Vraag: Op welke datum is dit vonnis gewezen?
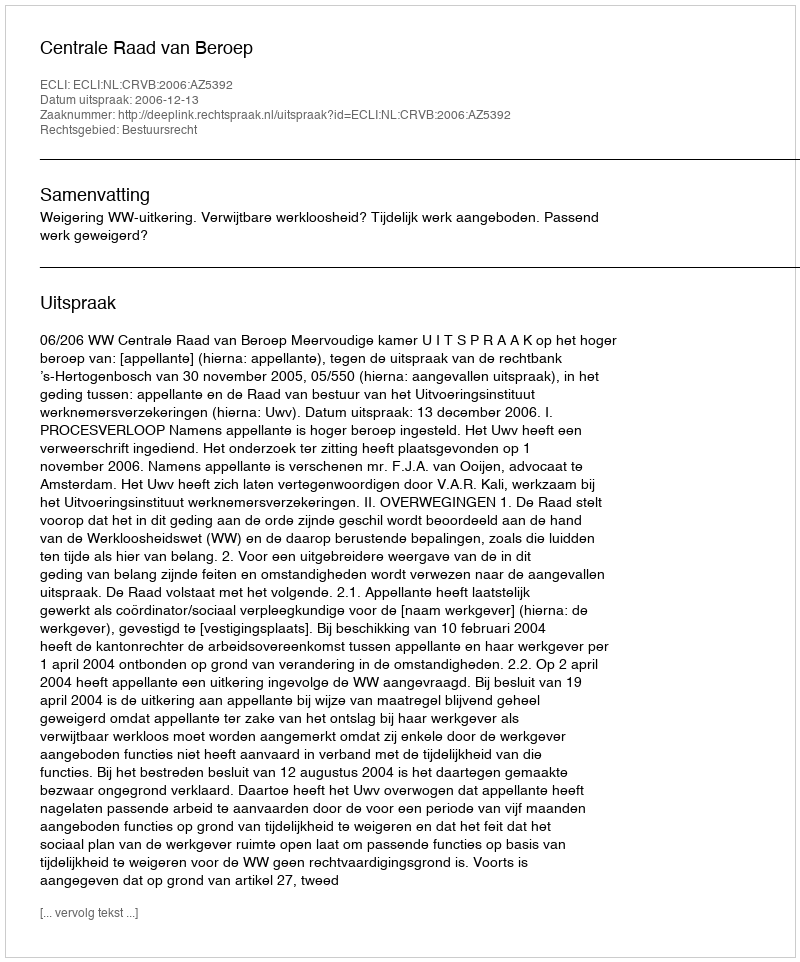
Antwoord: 2006-12-13